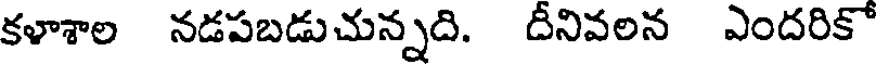
కళాశాల నడపబడుచున్నది. దీనివలన ఎందరికో